Annual report of the Madras Medical College
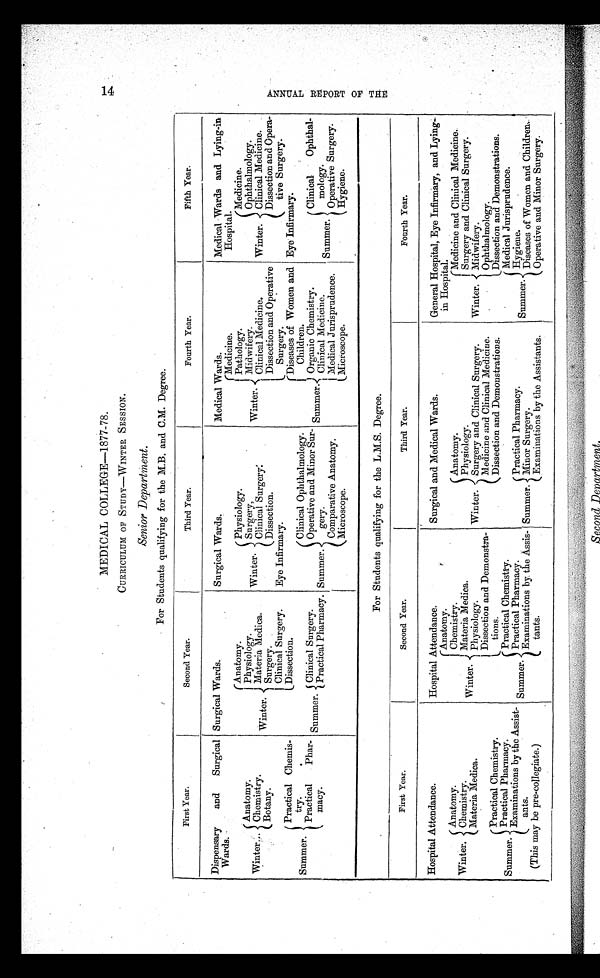
14 ANNUAL REPORT OF THE
MEDICAL COLLEGE—1877-78.
CURRICULUM OF STUDY—WINTER SESSION.
Senior Department.
For Students qualifying for the M.B. and C.M. Degree.
First Year.
Second Year.
Third Year.
Fourth Year.
Fifth Year.
Dispensary
and
Surgical
Wards.
Surgical Wards.
Surgical Wards.
Medical Wards.
Medical Wards and Lying-in
Hospital.
Winter.
Medicine.
Pathology.
Midwifery.
Clinical Medicine.
Dissection and Operative
Surgery.
Winter.
Anatomy.
Physiology.
Materia Medica.
Surgery.
Clinical Surgery.
Dissection.
Winter.
Physiology.
Surgery,
Clinical Surgery:
Dissection.
Winter.
Anatomy.
Chemistry.
Botany.
Winter.
Medicine.
Ophthalmology .
Clinical Medicine.
Dissection and Opera-
tive Surgery.
Eye Infirmary.
Summer.
Practical Chemis-
try.
.
Practical Phar-
macy.
Eye Infirmary.
Summer.
Diseases of Women and
Children.
Organic Chemistry.
Clinical Medicine.
Medical Jurisprudence.
Microscope.
Summer.
Clinical Ophthalmology.
Operative and Minor Sur-
gery.
Comparative Anatomy.
Microscope.
Summer.
Clinical Ophthal-
mology. Operative Surgery.
Hygiene.
Summer.
Clinical Surgery.
Practical Pharmacy.
For Students qualifying for the L.M.S. Degree.
First Year.
Second Year.
Third Year.
Fourth Year.
Hospital Attendance.
Hospital Attendance.
Surgical and Medical Wards.
General Hospital, Eye Infirmary, and Lying-
in Hospital.
Winter.
Anatomy.
Chemistry.
Materia Medica.
Winter.
Anatomy.
Chemistry.
Materia Medica.
Physiology.
Dissection and Demonstra-
tions.
Winter.
Anatomy.
Physiology.
Surgery and Clinical Surgery.
Medicine and Clinical Medicine.
Dissection and Demonstrations.
Winter.
Medicine and Clinical Medicine.
Surgery and Clinical Surgery.
Midwifery.
Ophthalmology.
Dissection and Demonstrations.
Summer.
Practical Chemistry.
Practical Pharmacy.
Examinations by the Assist
-
ants.
Summer.
Practical Chemistry.
Practical Pharmacy.
Examinations by the Assis-
tants.
Summer.
Practical Pharmacy.
Minor Surgery.
Examinations by the Assistants.
Summer.
Medical Jurisprudence.
Hygiene.
Diseases of Women and Children:
Operative and Minor Surgery.
(This may be pre-collegiate.)